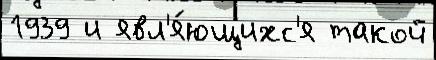
1939 и явл'я́ющихс'я такой